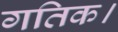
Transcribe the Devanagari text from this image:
गतिक।